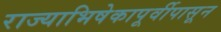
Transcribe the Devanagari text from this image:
राज्याभिषेकापूर्वीपासून